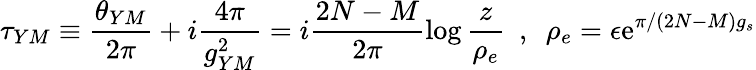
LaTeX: \tau_{YM}\equiv\frac{\theta_{YM}}{2\pi}+i\frac{4\pi}{g_{YM}^{2}}=i\frac{2N-M}{2\pi}\log\frac{z}{\rho_{e}}~~,~~\rho_{e}=\epsilon\mathrm{e}^{\pi/(2N-M)g_{s}}